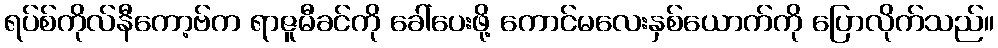
ရပ်စ်ကိုလ်နီကော့ဗ်က ရာဇူမီခင်ကို ခေါ်ပေးဖို့ ကောင်မလေးနှစ်ယောက်ကို ပြောလိုက်သည်။